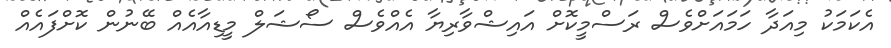
އެކަމަކު މިއަދާ ހަމައަށްވެސް ރަސްމީކޮށް އައިޝްވާރިޔާ އެއްވެސް ސޯޝަލް މީޑިއާއެއް ބޭނުން ކޮށްފައެއް